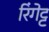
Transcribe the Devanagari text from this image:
रिंगेट्ट